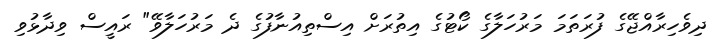
ދިވެހިރާއްޖޭގެ ފުރަތަމަ މަރުހަލާގެ ކޯޓުގެ އިތުރަށް އިސްތިއުނާފުގެ ދެ މަރުހަލާވޭ" ރައީސް ވިދާޅުވި